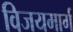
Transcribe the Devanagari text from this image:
विजयमार्ग